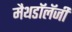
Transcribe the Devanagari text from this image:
मैथडॉलॅजी